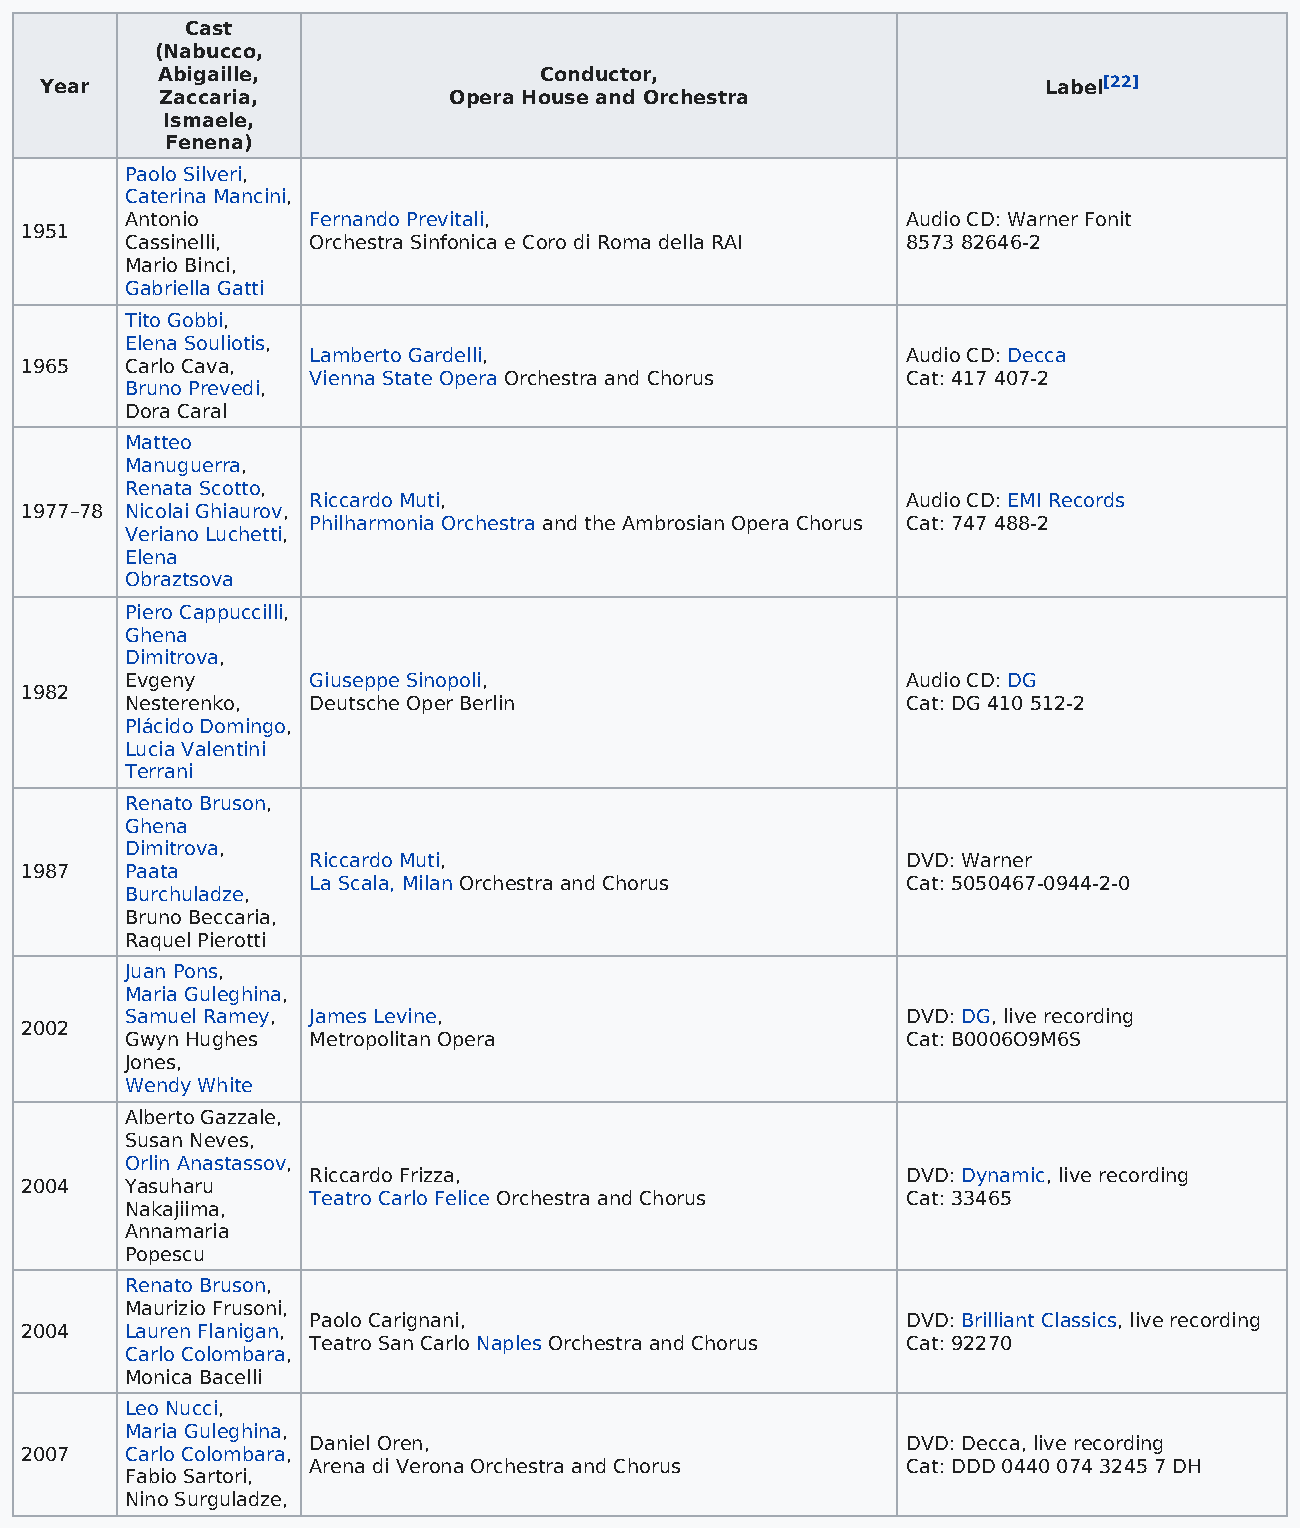
Cast
 (Nabucco,
 Abigaille,                Conductor,
 Year                                                              Label[22]
 Zaccaria,          Opera House and Orchestra
 Ismaele,
 Fenena)
 Paolo Silveri,
 Caterina Mancini,
 Antonio     Fernando Previtali,                     Audio CD: Warner Fonit
 1951
 Cassinelli, Orchestra Sinfonica e Coro di Roma della RAI 8573 82646-2
 Mario Binci,
 Gabriella Gatti
 Tito Gobbi,
 Elena Souliotis,
 Lamberto Gardelli,                      Audio CD: Decca
 1965   Carlo Cava,
 Vienna State Opera Orchestra and Chorus Cat: 417 407-2
 Bruno Prevedi,
 Dora Caral
 Matteo
 Manuguerra,
 Renata Scotto,
 Riccardo Muti,                          Audio CD: EMI Records
 1977–78 Nicolai Ghiaurov,
 Philharmonia Orchestra and the Ambrosian Opera Chorus Cat: 747 488-2
 Veriano Luchetti,
 Elena
 Obraztsova
 Piero Cappuccilli,
 Ghena
 Dimitrova,
 Evgeny      Giuseppe Sinopoli,                      Audio CD: DG
 1982
 Nesterenko, Deutsche Oper Berlin                    Cat: DG 410 512-2
 Plácido Domingo,
 Lucia Valentini
 Terrani
 Renato Bruson,
 Ghena
 Dimitrova,
 Riccardo Muti,                          DVD: Warner
 1987   Paata
 La Scala, Milan Orchestra and Chorus    Cat: 5050467-0944-2-0
 Burchuladze,
 Bruno Beccaria,
 Raquel Pierotti
 Juan Pons,
 Maria Guleghina,
 Samuel Ramey, James Levine,                         DVD: DG, live recording
 2002
 Gwyn Hughes Metropolitan Opera                      Cat: B0006O9M6S
 Jones,
 Wendy White
 Alberto Gazzale,
 Susan Neves,
 Orlin Anastassov,
 Riccardo Frizza,                        DVD: Dynamic, live recording
 2004   Yasuharu
 Teatro Carlo Felice Orchestra and Chorus Cat: 33465
 Nakajiima,
 Annamaria
 Popescu
 Renato Bruson,
 Maurizio Frusoni,
 Paolo Carignani,                        DVD: Brilliant Classics, live recording
 2004   Lauren Flanigan,
 Teatro San Carlo Naples Orchestra and Chorus Cat: 92270
 Carlo Colombara,
 Monica Bacelli
 Leo Nucci,
 Maria Guleghina,
 Daniel Oren,                            DVD: Decca, live recording
 2007   Carlo Colombara,
 Arena di Verona Orchestra and Chorus    Cat: DDD 0440 074 3245 7 DH
 Fabio Sartori,
 Nino Surguladze,